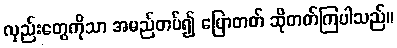
လှည်းတွေကိုသာ အမည်တပ်၍ ပြောတတ် ဆိုတတ်ကြပါသည်။